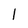
Character: l